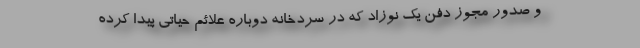
و صدور مجوز دفن یک نوزاد که در سردخانه دوباره علائم حیاتی پیدا کرده